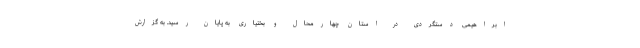
ابراهیمی دستگردی در استان چهارمحال و بختیاری به پایان رسید. به گزارش